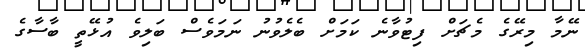
ނޭމާ މިރޭގެ މެޗަށް ފިޓުވާނެ ކަމަށް ބެލެވުނު ނަމަވެސް ބަލިވެ އުޅޭތީ ބާސާގެ